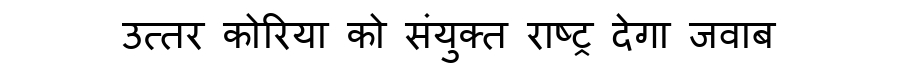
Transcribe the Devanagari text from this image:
उत्तर कोरिया को संयुक्त राष्ट्र देगा जवाब